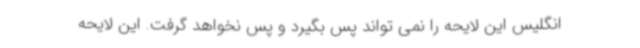
انگلیس این لایحه را نمی تواند پس بگیرد و پس نخواهد گرفت. این لایحه